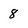
Character: 8